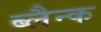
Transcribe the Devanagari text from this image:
ब्लैन्क